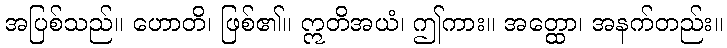
အပြစ်သည်။ ဟောတိ၊ ဖြစ်၏။ ဣတိအယံ၊ ဤကား။ အတ္ထော၊ အနက်တည်း။